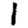
Digit: 1